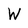
Character: W